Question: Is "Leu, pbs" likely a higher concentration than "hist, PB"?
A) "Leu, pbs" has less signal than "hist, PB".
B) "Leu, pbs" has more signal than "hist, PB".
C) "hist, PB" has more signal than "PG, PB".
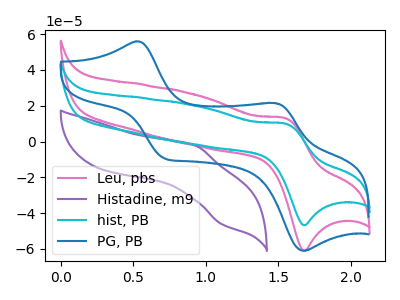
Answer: <think>The pink curve "Leu, pbs" has an anodic peak at (1.55V, 13.05uA) and a cathodic peak at (1.65V, -61.05uA). The purple curve "Histadine, m9" has an anodic peak at (0.95V, -2.15uA) and a cathodic peak at (1.10V, -46.10uA). The cyan curve "hist, PB" has an anodic peak at (1.55V, 10.00uA) and a cathodic peak at (1.65V, -46.75uA). The blue curve "PG, PB" has anodic peaks at (0.50V, 55.95uA) (1.50V, 21.45uA) and cathodic peaks at (0.70V, -9.30uA) (1.65V, -61.00uA).
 All the peaks in "Leu, pbs" have a peak in "hist, PB" at the same potential. Every peak in "Leu, pbs" is higher than every peak in "hist, PB".</think>
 <answer>B) "Leu, pbs" has more signal than "hist, PB".</answer>
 <eval>B</eval>